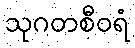
သုဂတစီဝရံ